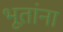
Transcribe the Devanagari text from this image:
भूतांना